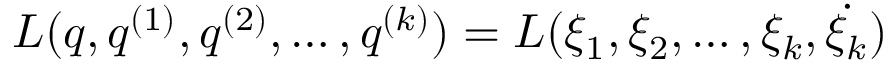
L ( q , q ^ { ( 1 ) } , q ^ { ( 2 ) } , \dots , q ^ { ( k ) } ) = L ( \xi _ { 1 } , \xi _ { 2 } , \dots , \xi _ { k } , \dot { \xi _ { k } } )